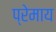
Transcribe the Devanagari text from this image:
प्रेमाय